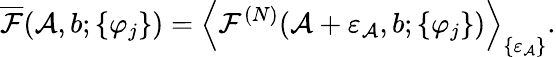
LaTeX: \overline{{\mathcal{F}}}(\mathcal{A},b;\{ \varphi_{j}\} )=\left\langle\mathcal{F}^{(N)}(\mathcal{A}+\varepsilon_{\mathcal{A}},b;\{ \varphi_{j}\} )\right\rangle_{\{ \varepsilon_{\mathcal{A}}\} }.